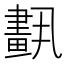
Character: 𦘣